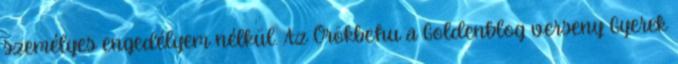
személyes engedélyem nélkül. Az Örökbe.hu a Goldenblog verseny Gyerek